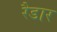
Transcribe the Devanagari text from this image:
रैडार